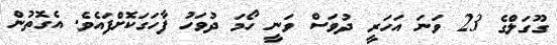
ގޫގަލްގެ 23 ވަނަ އަހަރީ ދުވަސް ވަނީ ހޯމަ ދުވަހު ފާހަގަކޮށްފައެވެ. އެގޮތުން